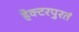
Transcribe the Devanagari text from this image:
हेक्टरपुरतं